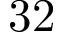
3 2